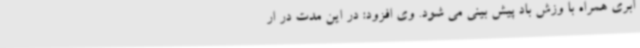
ابری همراه با وزش باد پیش بینی می شود. وی افزود: در این مدت در ار